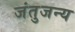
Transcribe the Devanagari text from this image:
जंतुजन्य